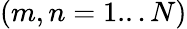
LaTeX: (m,n=1...N)